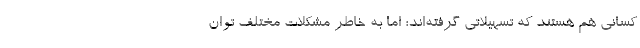
کسانی هم هستند که تسهیلاتی گرفته‌اند؛ اما به خاطر مشکلات مختلف توان